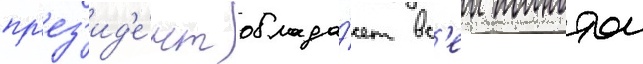
пр'ез'ид'е́нт облада́ет вс'еи полнотои